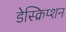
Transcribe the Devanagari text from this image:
डेस्क्रिप्शन